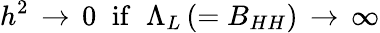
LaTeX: h^{2}\, \rightarrow\, 0\; \; \mathrm{if}\; \; \Lambda_{L}\, (=B_{HH})\, \rightarrow\, \infty